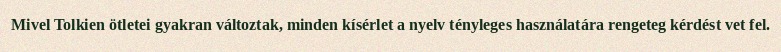
Mivel Tolkien ötletei gyakran változtak, minden kísérlet a nyelv tényleges használatára rengeteg kérdést vet fel.